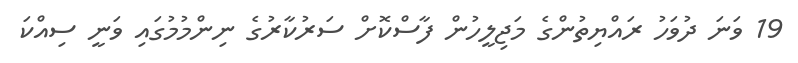
19 ވަނަ ދުވަހު ރައްޔިތުންގެ މަޖިލީހުން ފާސްކޮށް ސަރުކާރުގެ ނިންމުމުގައި ވަނީ ސިއްކަ